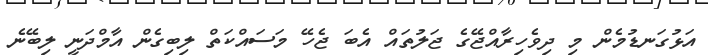
އަޅުގަނޑުމެން މި ދިވެހިރާއްޖޭގެ ޖަލުތައް އެބަ ޖެހޭ މަސައްކަތް ލިބިގެން އާމްދަނީ ލިބޭނެ